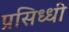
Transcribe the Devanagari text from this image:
प्रसिध्‍धी